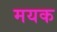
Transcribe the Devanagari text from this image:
मयक